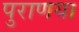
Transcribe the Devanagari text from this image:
पुराणया